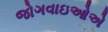
જોગવાઇઓએ